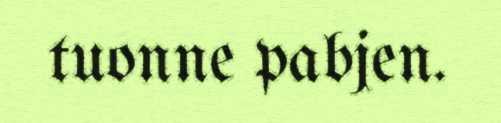
tuonne pabjen.